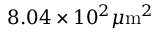
8 . 0 4 \times 1 0 ^ { 2 } \mu \mathrm { m } ^ { 2 }